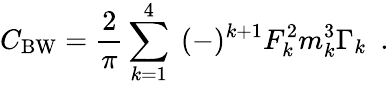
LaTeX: C_{\mathrm{BW}}={\frac{2}{\pi}}\sum_{k=1}^{4}~(-)^{k+1}F_{k}^{2}m_{k}^{3}\Gamma_{k}\ \ .